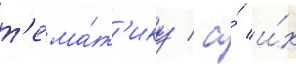
т'ема́т'ику / а́ и́х